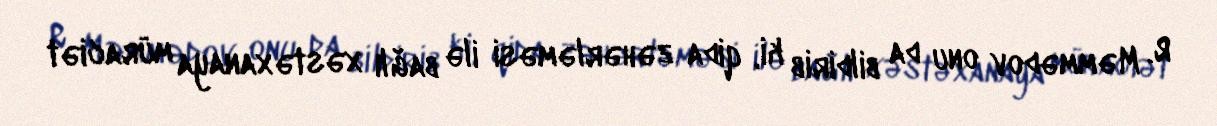
R. Məmmədov onu da bildirib ki, qida zəhərləməsi ilə bağlı xəstəxanaya müraciət